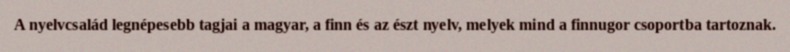
A nyelvcsalád legnépesebb tagjai a magyar, a finn és az észt nyelv, melyek mind a finnugor csoportba tartoznak.